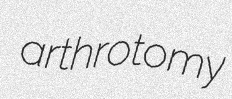
arthrotomy